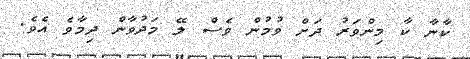
ކާނާ ކާ މިންވަރު ދަށް ވުމުން ވެސް ލޭ މަދުވާން ދިމާވެ އެވެ.